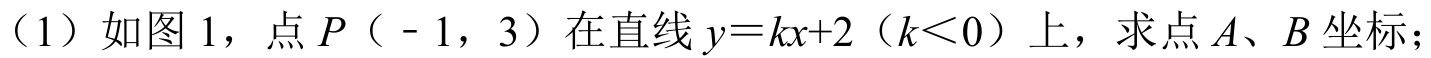
（1）如图 1，点\(P\)（\(-1\)，\(3\)）在直线\(y = kx + 2\)（\(k<0\)）上，求点\(A\)、\(B\)坐标；